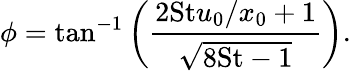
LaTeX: \phi=\tan^{-1}\left(\frac{2\mathrm{St}u_{0}/x_{0}+1}{\sqrt{8\mathrm{St}-1}}\right).